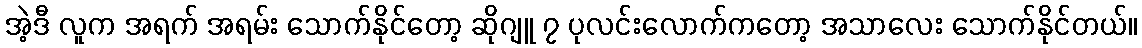
အဲ့ဒီ လူက အရက် အရမ်း သောက်နိုင်တော့ ဆိုဂျူ ၇ ပုလင်းလောက်ကတော့ အသာလေး သောက်နိုင်တယ်။